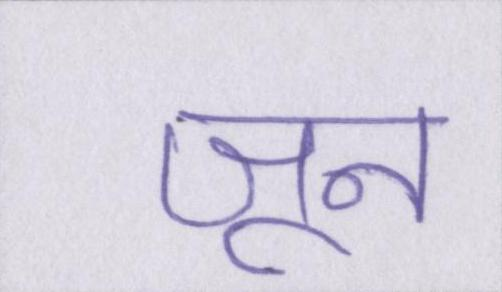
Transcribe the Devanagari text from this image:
जून